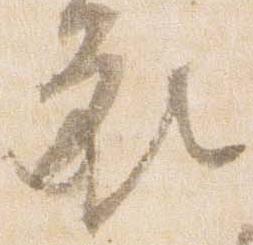
衣